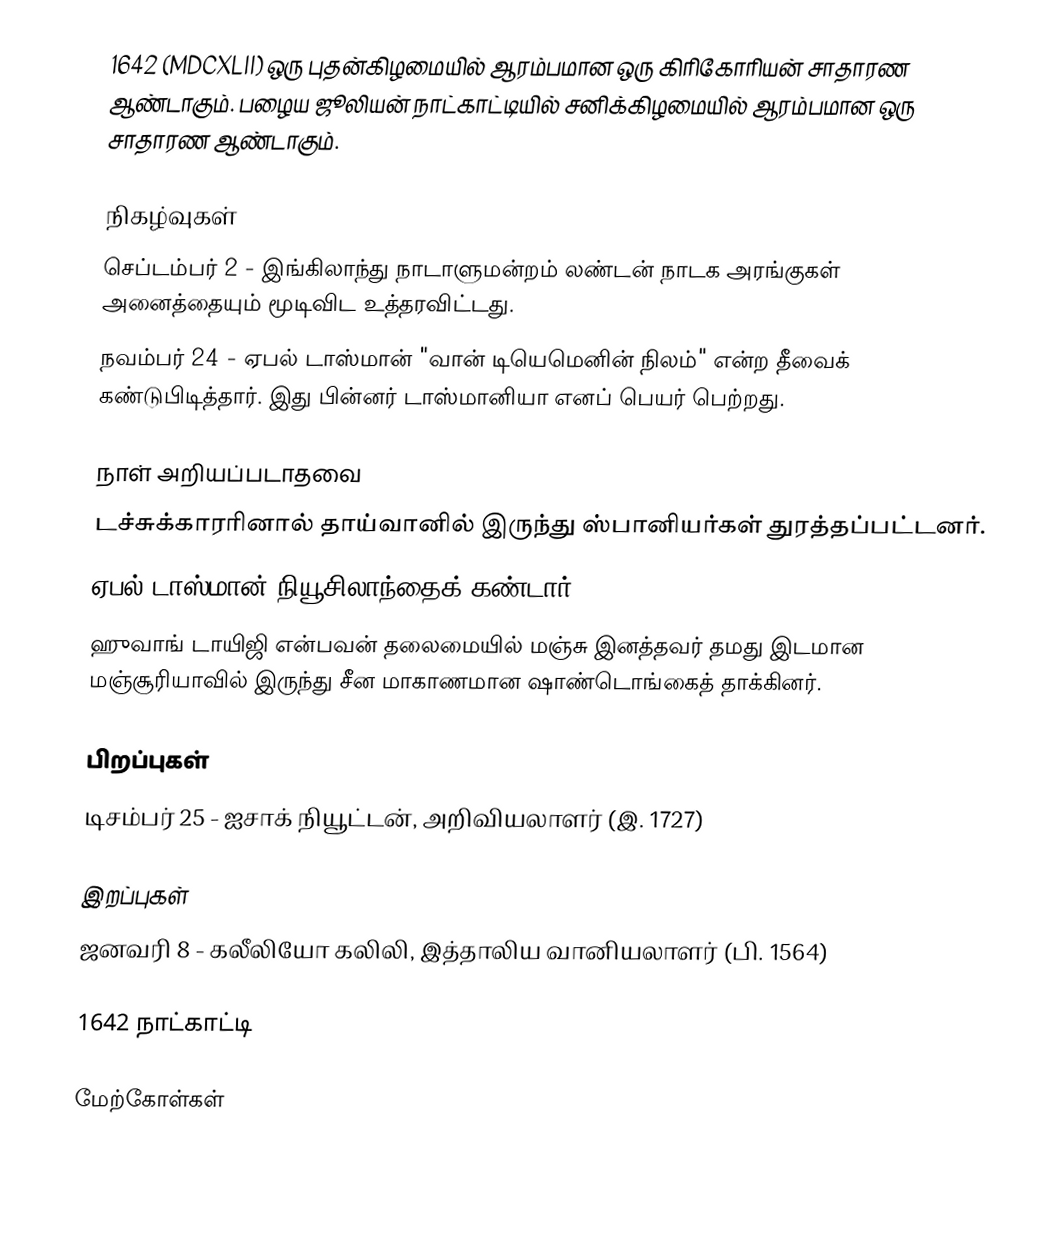
1642 (MDCXLII) ஒரு புதன்கிழமையில் ஆரம்பமான ஒரு கிரிகோரியன் சாதாரண ஆண்டாகும். பழைய ஜூலியன் நாட்காட்டியில் சனிக்கிழமையில் ஆரம்பமான ஒரு சாதாரண ஆண்டாகும்.

நிகழ்வுகள்
 செப்டம்பர் 2 - இங்கிலாந்து நாடாளுமன்றம் லண்டன் நாடக அரங்குகள் அனைத்தையும் மூடிவிட உத்தரவிட்டது.
 நவம்பர் 24 - ஏபல் டாஸ்மான் "வான் டியெமெனின் நிலம்" என்ற தீவைக் கண்டுபிடித்தார். இது பின்னர் டாஸ்மானியா எனப் பெயர் பெற்றது.

நாள் அறியப்படாதவை
 டச்சுக்காரரினால் தாய்வானில் இருந்து ஸ்பானியர்கள் துரத்தப்பட்டனர்.
 ஏபல் டாஸ்மான் நியூசிலாந்தைக் கண்டார்.
 ஹுவாங் டாயிஜி என்பவன் தலைமையில் மஞ்சு இனத்தவர் தமது இடமான மஞ்சூரியாவில் இருந்து சீன மாகாணமான ஷாண்டொங்கைத் தாக்கினர்.

பிறப்புகள்
 டிசம்பர் 25 - ஐசாக் நியூட்டன், அறிவியலாளர் (இ. 1727)

இறப்புகள்
 ஜனவரி 8 - கலீலியோ கலிலி, இத்தாலிய வானியலாளர் (பி. 1564)

1642 நாட்காட்டி

மேற்கோள்கள்